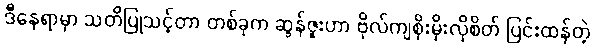
ဒီနေရာမှာ သတိပြုသင့်တာ တစ်ခုက ဆွန်ဇူးဟာ ဗိုလ်ကျစိုးမိုးလိုစိတ် ပြင်းထန်တဲ့